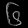
Digit: ၆